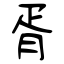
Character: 胥